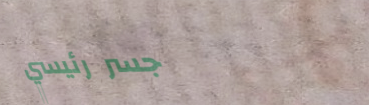
جسر رئيسي